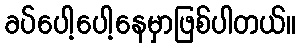
ခပ်ပေါ့ပေါ့နေမှာဖြစ်ပါတယ်။